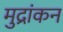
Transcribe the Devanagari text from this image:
मुद्रांकन